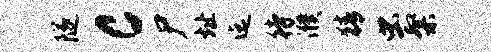
隧c尸址迄待濮猜虫粲